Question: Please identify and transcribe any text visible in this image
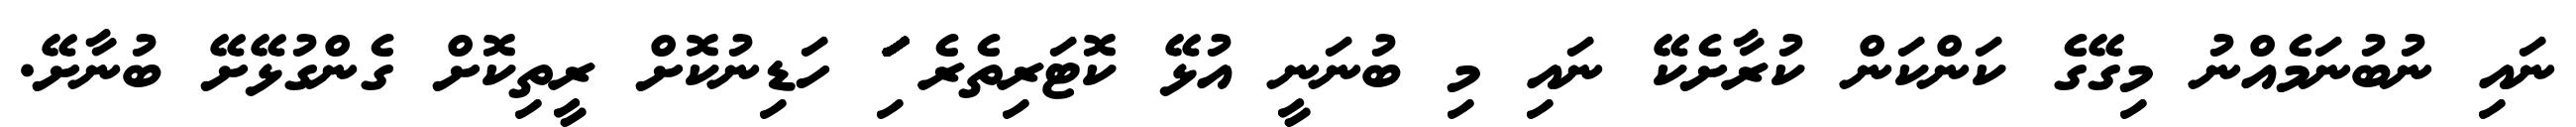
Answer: ނައި ނުބުނަމެއްނު މިގޭގެ ކަންކަން ކުރާށެކޭ ނައި މި ބުނަނީ އުޅޭ ކޮޓަރިތެރެ ަަަަަަަަަަަަަަަަިަަަަަަަަަަަަަަަ ހަޑިނުކޮށް ރީތިކޮށް ގެންގުޅޭށޭ ބުނާށޭ.